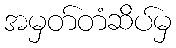
အမှတ်တံဆိပ်မှ